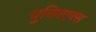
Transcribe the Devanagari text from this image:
युनिवएक्स